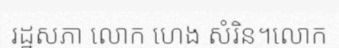
រដ្ឋសភា លោក ហេង សំរិន។លោក